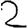
Digit: 2